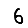
Digit: 6